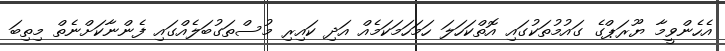
އެހެންވީމާ ޔޫރަޕްގެ ގައުމުތަކުގައި އޮތްކަހަލަ ހަމަހަމަކަމެއް އަދި ކައިރި މުސްތަގުބަލެއްގައި ފެންނާކަށްނެތް މިތިބަ